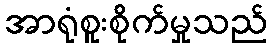
အာရုံစူးစိုက်မှုသည်